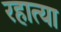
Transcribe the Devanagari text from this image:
रहात्या